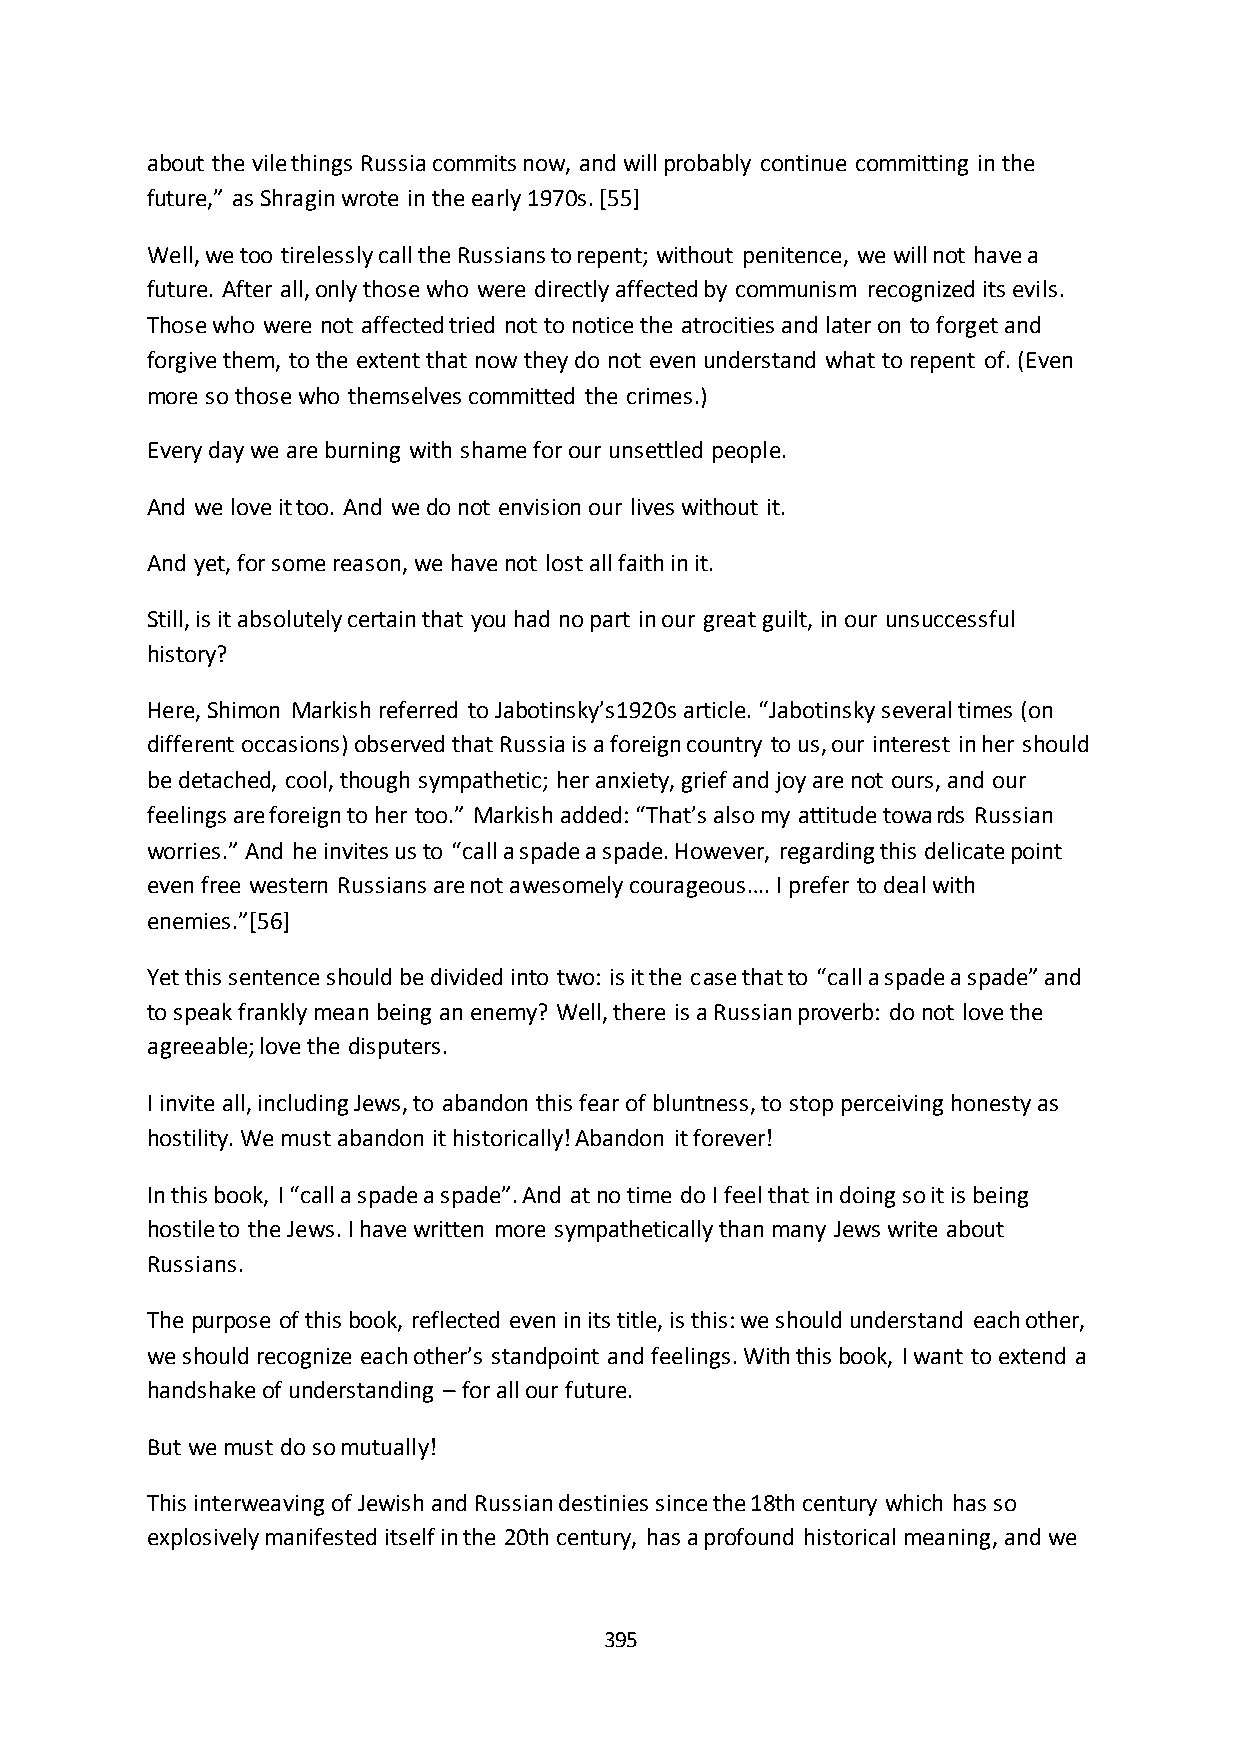
about the vile things Russia commits now, and will probably continue committing in the
 future,” as Shragin wrote in the early 1970s. *55+
 Well, we too tirelessly call the Russians to repent; without penitence, we will not have a
 future. After all, only those who were directly affected by communism recognized its evils.
 Those who were not affected tried not to notice the atrocities and later on to forget and
 forgive them, to the extent that now they do not even understand what to repent of. (Even
 more so those who themselves committed the crimes.)
 Every day we are burning with shame for our unsettled people.
 And we love it too. And we do not envision our lives without it.
 And yet, for some reason, we have not lost all faith in it.
 Still, is it absolutely certain that you had no part in our great guilt, in our unsuccessful
 history?
 Here, Shimon Markish referred to Jabotinsky’s1920s article. “Jabotinsky several times (on
 different occasions) observed that Russia is a foreign country to us, our interest in her should
 be detached, cool, though sympathetic; her anxiety, grief and joy are not ours, and our
 feelings are foreign to her too.” Markish added: “That’s also my attitude towards Russian
 worries.” And he invites us to “call a spade a spade. However, regarding this delicate point
 even free western Russians are not awesomely courageous…. I prefer to deal with
 enemies.”*56+
 Yet this sentence should be divided into two: is it the case that to “call a spade a spade” and
 to speak frankly mean being an enemy? Well, there is a Russian proverb: do not love the
 agreeable; love the disputers.
 I invite all, including Jews, to abandon this fear of bluntness, to stop perceiving honesty as
 hostility. We must abandon it historically! Abandon it forever!
 In this book, I “call a spade a spade”. And at no time do I feel that in doing so it is being
 hostile to the Jews. I have written more sympathetically than many Jews write about
 Russians.
 The purpose of this book, reflected even in its title, is this: we should understand each other,
 we should recognize each other’s standpoint and feelings. With this book, I want to extend a
 handshake of understanding – for all our future.
 But we must do so mutually!
 This interweaving of Jewish and Russian destinies since the 18th century which has so
 explosively manifested itself in the 20th century, has a profound historical meaning, and we
 395